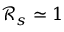
\mathcal { R } _ { s } \simeq 1 \